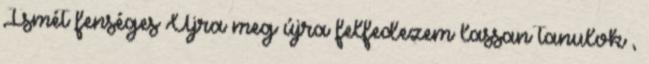
Ismét fenséges Újra meg újra felfedezem lassan tanulok ,